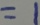
= 1